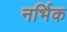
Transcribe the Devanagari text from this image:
नर्भिक